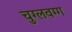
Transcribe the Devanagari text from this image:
चुग्लवग्ग